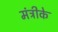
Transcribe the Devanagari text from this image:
मंत्रीके